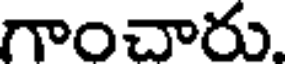
గాంచారు.